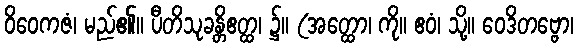
ဝိဝေကဇံ၊ မည်၏။ ပီတိသုခန္တိဧတ္ထ၊ ၌။ (အတ္ထော၊ ကို။ ဧဝံ၊ သို့။ ဝေဒိတဗ္ဗော၊